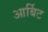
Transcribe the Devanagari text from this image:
आर्बिट